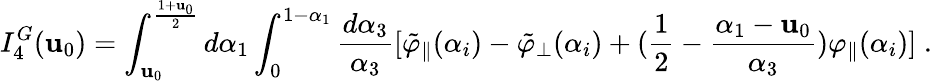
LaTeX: I_{4}^{G}(\mathbf{u}_{0})=\int_{\mathbf{u}_{0}}^{{\frac{{1+\mathbf{u}_{0}}}{{2}}}}d\alpha_{1}\int_{0}^{1-\alpha_{1}}{\frac{{d\alpha_{3}}}{{\alpha_{3}}}}[\tilde{{\varphi}}_{\| }(\alpha_{i})-\tilde{{\varphi}}_{\bot}(\alpha_{i})+({\frac{{1}}{{2}}}-{\frac{{\alpha_{1}-\mathbf{u}_{0}}}{{\alpha_{3}}}})\varphi_{\| }(\alpha_{i})]\; .